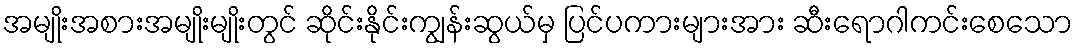
အမျိုးအစားအမျိုးမျိုးတွင် ဆိုင်းနိုင်းကျွန်းဆွယ်မှ ပြင်ပကားများအား ဆီးရောဂါကင်းစေသော